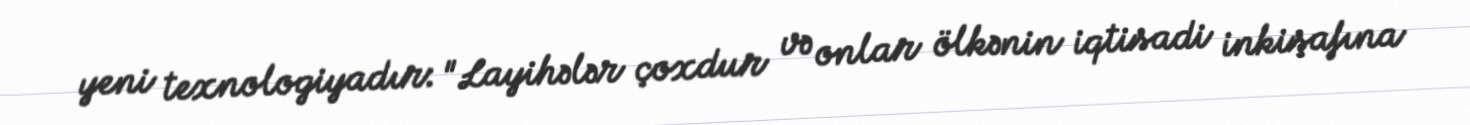
yeni texnologiyadır: "Layihələr çoxdur və onlar ölkənin iqtisadi inkişafına